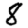
Digit: 8